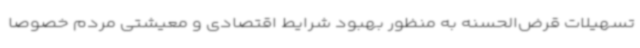
تسهیلات قرض‌الحسنه به منظور بهبود شرایط اقتصادی و معیشتی مردم خصوصاً